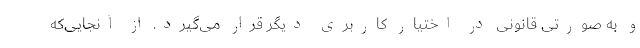
و به صورتی قانونی در اختیار کاربری دیگر قرار می‌گیرد. از آنجایی‌که